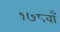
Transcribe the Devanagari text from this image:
१७८वाँ